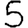
Digit: 5